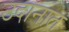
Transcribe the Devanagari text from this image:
उदानात